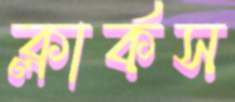
ক্লার্কস